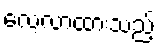
လေ့လာထားသည့်